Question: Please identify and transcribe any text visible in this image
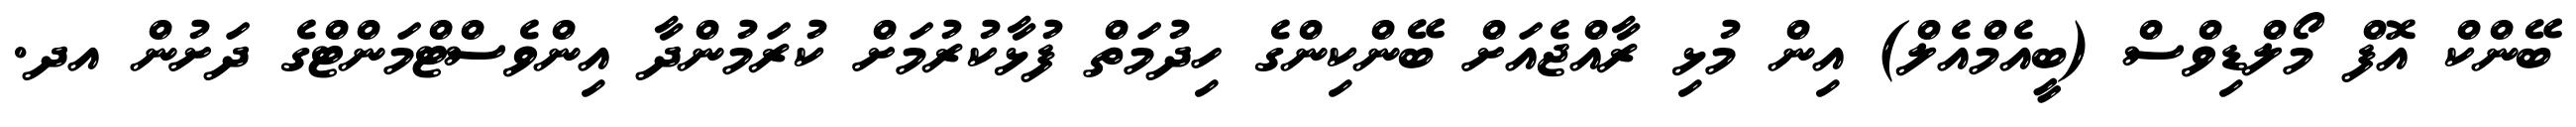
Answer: ބޭންކް އޮފް މޯލްޑިވްސް (ބީއެމްއެލް) އިން މުޅި ރާއްޖެއަށް ބޭންކިންގެ ހިދުމަތް ފުޅާކުރުމަށް ކުރަމުންދާ އިންވެސްޓްމަންޓްގެ ދަށުން އދ.